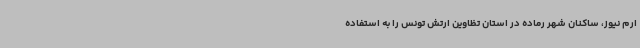
ارم نیوز، ساکنان شهر رماده در استان تظاوین ارتش تونس را به استفاده